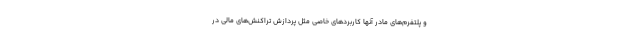
و پلتفرم‌های مادر آنها کاربردهای خاصی مثل پردازش تراکنش‌های مالی در